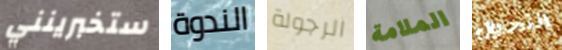
ستخبرينني الندوة الرجولة الملامة التحول